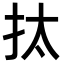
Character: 𢪯